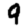
Digit: 9